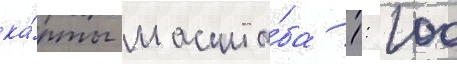
ка́рты масшта́ба 1: 100